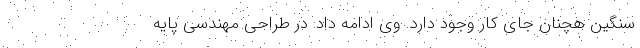
سنگین هچنان جای کار وجود دارد. وی ادامه داد: در طراحی مهندسی پایه